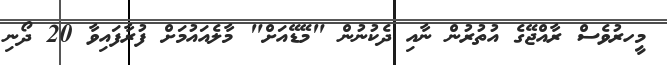
މީހރުވެސް ރާއްޖޭގެ އުތުރުން ނާއި ދެކުނުން "މޭޑޭއަށް" މާލެއައުމަށް ފުރާފައިވާ 20 ދޯނި